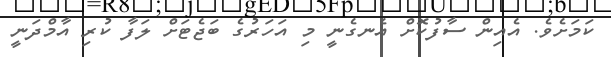
ކަމަށެވެ. އެއިން ސާފުކޮށް އެނގެނީ މި އަހަރުގެ ބަޖެޓަށް ލަފާ ކުރި އާމްދަނީ